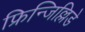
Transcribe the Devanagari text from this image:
फ्रिन्जिल्लिडे